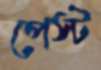
পেস্ট